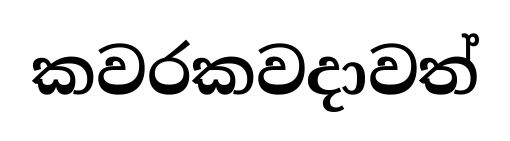
කවරකවදාවත්